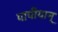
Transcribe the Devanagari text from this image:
पापीयान्‌